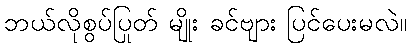
ဘယ်လိုစွပ်ပြုတ် မျိုး ခင်ဗျား ပြင်ပေးမလဲ။